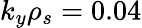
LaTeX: k_{y}\rho_{s}=0.04